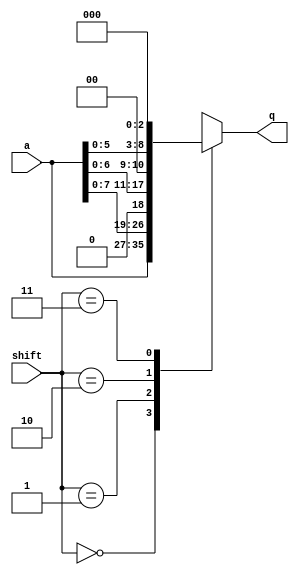
module shifter(a, shift, q);

	// inputs
	input [8:0] a;
	input [1:0] shift;
	
	// output
	output [8:0] q;
	reg [8:0] q;
	
	// give appropriate shifter output(q) when either a or shift input changes
	always @(a, shift)
	begin
		case (shift)
			2'b00: q = a;
			2'b01: q = a << 1;
			2'b10: q = a << 2;
			2'b11: q = a << 3;
		endcase
	end
	
endmodule